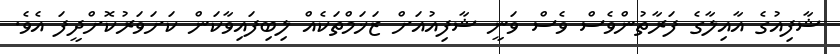
ޝާފިއުގެ އާއިލާގެ ފަރާތުންވެސް ވެސް ވަނީ ޝާފިއުއަށް ޒަޚަމްތަކެއް ލިބިފައިވާކަން ކަށަވަރުކޮށްދީފަ އެވެ.